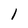
Character: 1